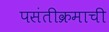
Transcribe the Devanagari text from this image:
पसंतीक्रमाची